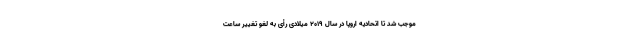
موجب شد تا اتحادیه اروپا در سال 2019 میلادی رأی به لغو تغییر ساعت